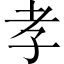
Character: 孝